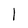
Character: 1